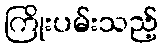
ကြိုးပမ်းသည့်